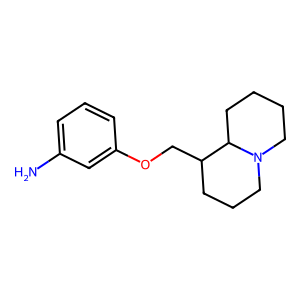
SMILES: Nc1cccc(OCC2CCCN3CCCCC23)c1
Inhibits HIV replication: No